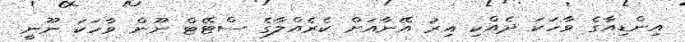
އިންޑިއާގެ ވާހަކަ ދެއްކި އިރު އޭނާއަށް ކެރެއްލާގެ ސްޓޭޓް ނޫން ވާހަކަ ނޫނީ